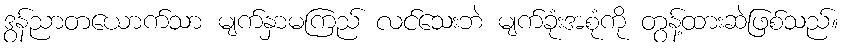
ဒွန်ညာတယောက်သာ မျက်နှာမကြည် လင်သေးဘဲ မျက်ခုံးအစုံကို တွန့်ထားဆဲဖြစ်သည်။